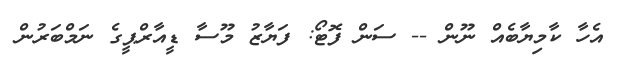
އެހާ ކާމިިޔާބެއް ނޫން -- ސަން ފޮޓޯ: ފަޔާޒު މޫސާ ޑީއާރްޕީގެ ނަމްބަރުން